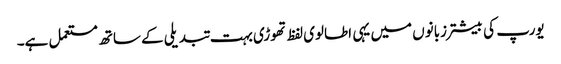
یورپ کی بیشتر زبانوں میں یہی اطالوی لفظ تھوڑی بہت تبدیلی کے ساتھ مستعمل ہے۔